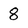
Character: 8